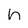
Character: h